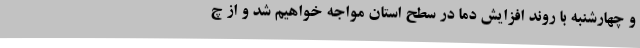
و چهارشنبه با روند افزایش دما در سطح استان مواجه خواهیم شد و از چ